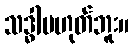
သဒ္ဓါမဟုတ်ဘူး။